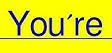
You're